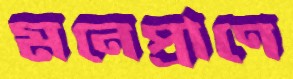
মনেপ্রাণে